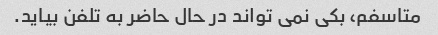
متاسفم، بکی نمی تواند در حال حاضر به تلفن بیاید.